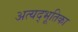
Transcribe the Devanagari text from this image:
अत्यद्भूतिका